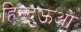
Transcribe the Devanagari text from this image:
हिन्दुऊओ